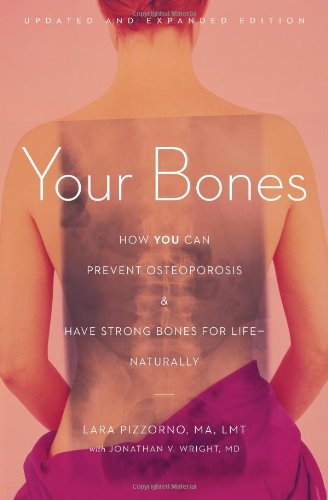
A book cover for Your Bones: How You Can Prevent Osteoporosis and Have Strong Bones for Life - Naturally; Lara Pizzorno; Health, Fitness & Dieting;